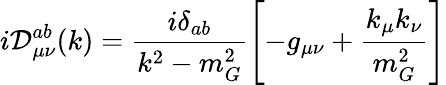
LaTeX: i\mathcal{D}_{\mu\nu}^{ab}(k)=\frac{{i\delta_{ab}}}{{k^{2}-m_{G}^{2}}}\left[-g_{\mu\nu}+\frac{{k_{\mu}k_{\nu}}}{{m_{G}^{2}}}\right]